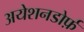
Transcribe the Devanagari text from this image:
अयेशनडोर्फ़